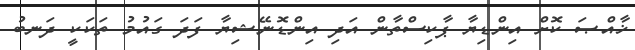
ޚާއްޞަ ކޮށް އިންޑިޔާ ޕާކިސްތާން އަދި އިންޑޮނޭޝިޔާ ފަދަ ގައުމު ތަކަކީ ދަނބު